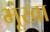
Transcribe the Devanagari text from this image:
भूंखा